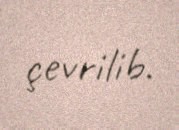
çevrilib.